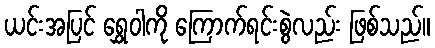
ယင်းအပြင် ရွှေဝါကို ကြောက်ရင်းစွဲလည်း ဖြစ်သည်။